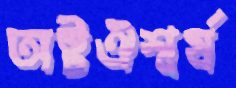
অষ্টঐশ্বর্য